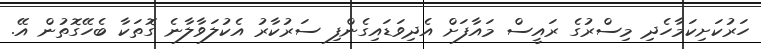
ހަރުކަށިކަމާހެދި މިސްރުގެ ރައީސް މައާފަށް އެދިވަޑައިގެންފި ސަރުކާރު އެކުލަވާލާނެ ގޮތަކާ ބެހޭގޮތުން އޭ.